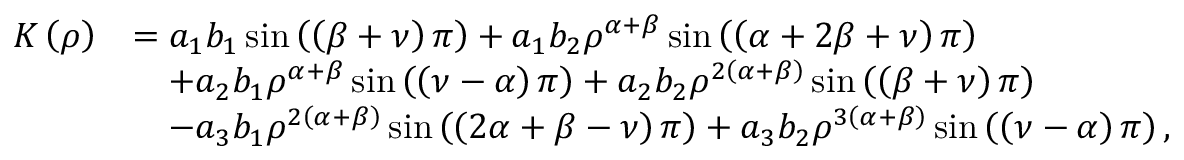
\begin{array} { r l } { K \left( \rho \right) } & { = a _ { 1 } b _ { 1 } \sin \left( \left( \beta + \nu \right) \pi \right) + a _ { 1 } b _ { 2 } \rho ^ { \alpha + \beta } \sin \left( \left( \alpha + 2 \beta + \nu \right) \pi \right) } \\ & { \quad + a _ { 2 } b _ { 1 } \rho ^ { \alpha + \beta } \sin \left( \left( \nu - \alpha \right) \pi \right) + a _ { 2 } b _ { 2 } \rho ^ { 2 \left( \alpha + \beta \right) } \sin \left( \left( \beta + \nu \right) \pi \right) } \\ & { \quad - a _ { 3 } b _ { 1 } \rho ^ { 2 \left( \alpha + \beta \right) } \sin \left( \left( 2 \alpha + \beta - \nu \right) \pi \right) + a _ { 3 } b _ { 2 } \rho ^ { 3 \left( \alpha + \beta \right) } \sin \left( \left( \nu - \alpha \right) \pi \right) , } \end{array}